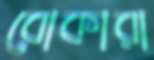
বোকারা